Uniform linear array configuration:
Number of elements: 16
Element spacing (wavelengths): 1
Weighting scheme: exponential
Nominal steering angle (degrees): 60
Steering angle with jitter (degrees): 59.829
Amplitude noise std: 0.05
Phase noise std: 0.05

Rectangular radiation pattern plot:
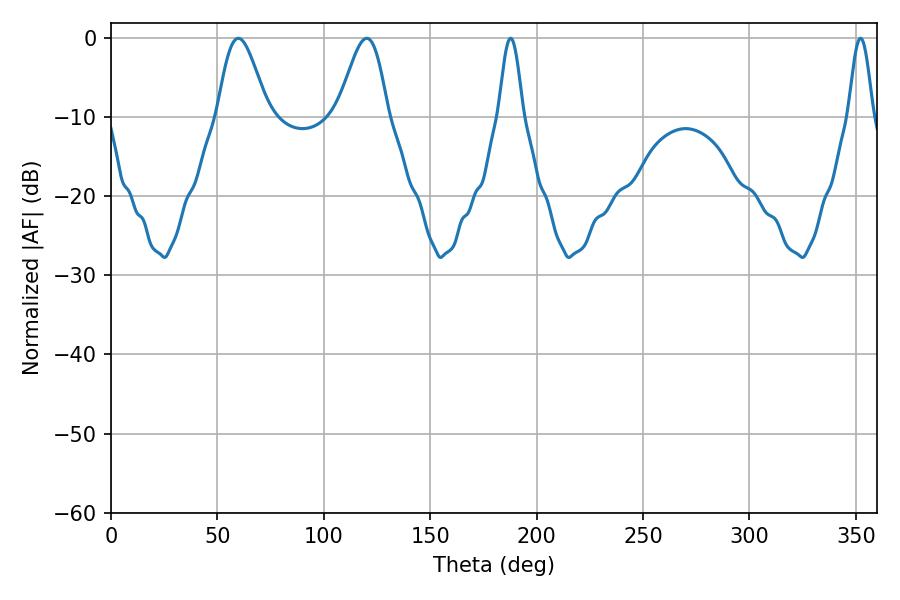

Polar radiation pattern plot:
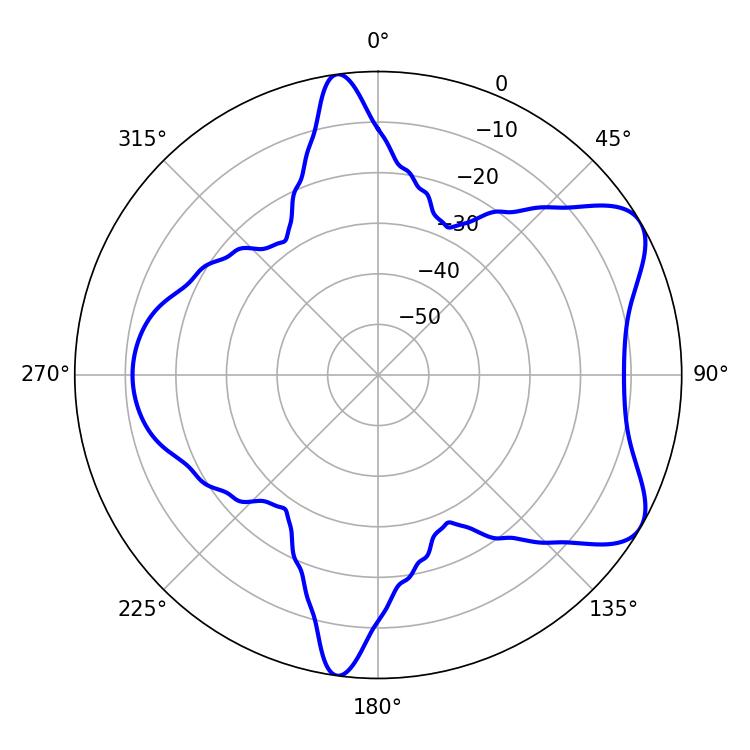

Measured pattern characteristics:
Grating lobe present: TRUE
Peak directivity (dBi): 7.029
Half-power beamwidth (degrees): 12.42
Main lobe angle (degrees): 59.76